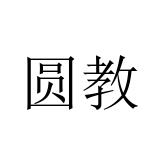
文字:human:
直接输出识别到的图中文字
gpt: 圆教